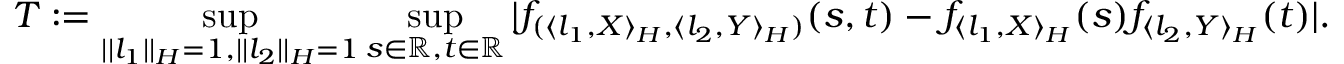
T : = \operatorname* { s u p } _ { | | l _ { 1 } | | _ { { \cal { H } } } = 1 , | | l _ { 2 } | | _ { { \cal { H } } } = 1 } \operatorname* { s u p } _ { s \in \mathbb { R } , t \in \mathbb { R } } | f _ { ( \langle l _ { 1 } , X \rangle _ { { \cal { H } } } , \langle l _ { 2 } , Y \rangle _ { { \cal { H } } } ) } ( s , t ) - f _ { \langle l _ { 1 } , X \rangle _ { { \cal { H } } } } ( s ) f _ { \langle l _ { 2 } , Y \rangle _ { { \cal { H } } } } ( t ) | .